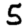
Digit: 5